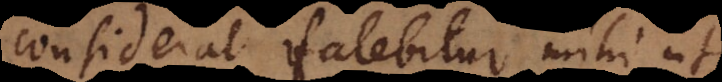
considerat fatebitur mihi ut